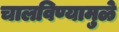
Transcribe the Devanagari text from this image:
चालविण्यामुळे